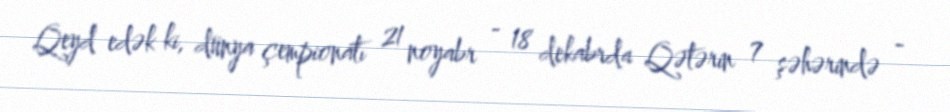
Qeyd edək ki, dünya çempionatı 21 noyabr - 18 dekabrda Qətərin 7 şəhərində -